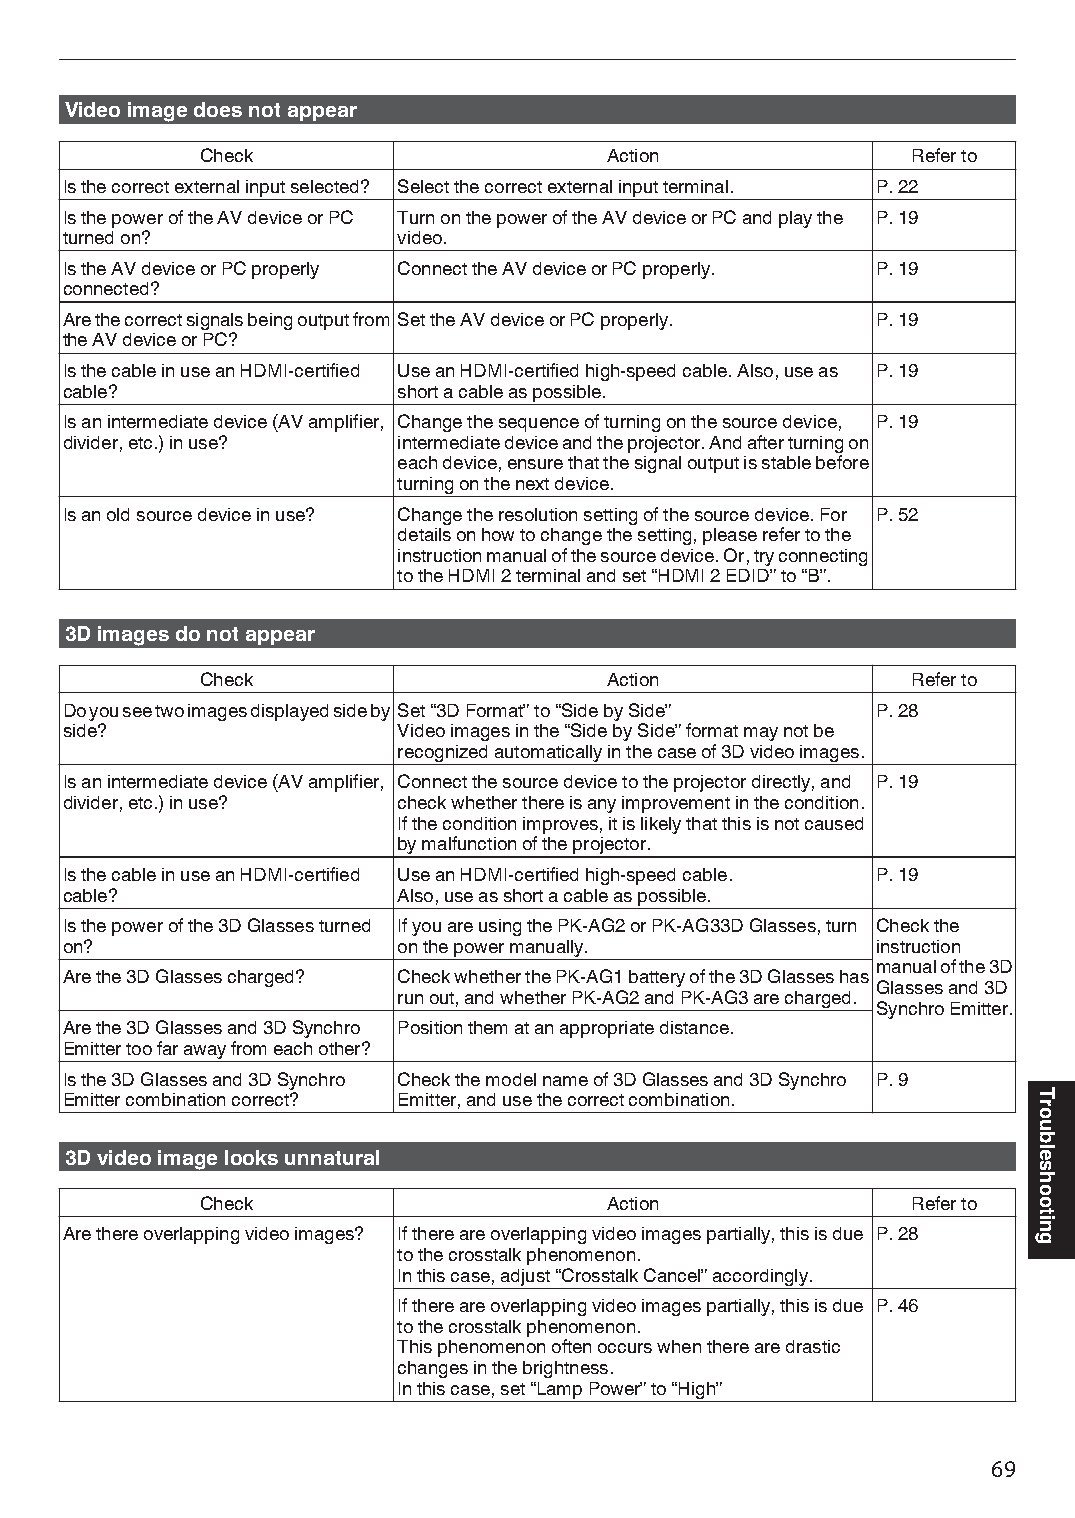
Video image does not appear
 Check                      Action              Refer to
 Is the correct external input selected? Select the correct external input terminal. P. 22
 Is the power of the AV device or PC Turn on the power of the AV device or PC and play the P. 19
 turned on?            video.
 Is the AV device or PC properly Connect the AV device or PC properly. P. 19
 connected?
 Are the correct signals being output from Set the AV device or PC properly. P. 19
 the AV device or PC?
 Is the cable in use an HDMI-certified Use an HDMI-certified high-speed cable. Also, use as P. 19
 cable?                short a cable as possible.
 Is an intermediate device (AV amplifier, Change the sequence of turning on the source device, P. 19
 divider, etc.) in use? intermediate device and the projector. And after turning on
 each device, ensure that the signal output is stable before
 turning on the next device.
 Is an old source device in use? Change the resolution setting of the source device. For P. 52
 details on how to change the setting, please refer to the
 instruction manual of the source device. Or, try connecting
 to the HDMI 2 terminal and set “HDMI 2 EDID” to “B”.
 3D images do not appear
 Check                      Action              Refer to
 Do you see two images displayed side by Set “3D Format” to “Side by Side” P. 28
 side?                 Video images in the “Side by Side” format may not be
 recognized automatically in the case of 3D video images.
 Is an intermediate device (AV amplifier, Connect the source device to the projector directly, and P. 19
 divider, etc.) in use? check whether there is any improvement in the condition.
 If the condition improves, it is likely that this is not caused
 by malfunction of the projector.
 Is the cable in use an HDMI-certified Use an HDMI-certified high-speed cable. P. 19
 cable?                Also, use as short a cable as possible.
 Is the power of the 3D Glasses turned If you are using the PK-AG2 or PK-AG33D Glasses, turn Check the
 on?                   on the power manually.          instruction
 manual of the 3D
 Are the 3D Glasses charged? Check whether the PK-AG1 battery of the 3D Glasses has
 Glasses and 3D
 run out, and whether PK-AG2 and PK-AG3 are charged.
 Synchro Emitter.
 Are the 3D Glasses and 3D Synchro Position them at an appropriate distance.
 Emitter too far away from each other?
 Is the 3D Glasses and 3D Synchro Check the model name of 3D Glasses and 3D Synchro P. 9
 Emitter combination correct? Emitter, and use the correct combination.
 3D video image looks unnatural
 Check                      Action              Refer to
 Are there overlapping video images? If there are overlapping video images partially, this is due P. 28
 to the crosstalk phenomenon.
 In this case, adjust “Crosstalk Cancel” accordingly.
 If there are overlapping video images partially, this is due P. 46
 to the crosstalk phenomenon.
 This phenomenon often occurs when there are drastic
 changes in the brightness.
 In this case, set “Lamp Power” to “High”
 69
 Troubleshooting